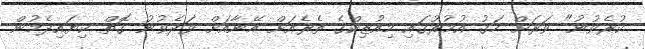
ކުރެވުނު" ވަރަށް ހަގު އުމުރުގައި މިއުޒިކްގެ ތެރެއަށް އޭނާއަށް ވަދެވުނު ގޮތް ކިޔައިދެމުން